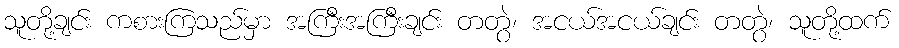
သူတို့ချင်း ကစားကြသည်မှာ အကြီးအကြီးချင်း တတွဲ၊ အငယ်အငယ်ချင်း တတွဲ၊ သူတို့ထက်